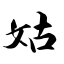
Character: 姑